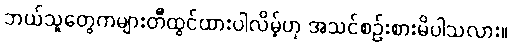
ဘယ်သူတွေကများတီထွင်ထားပါလိမ့်ဟု အသင်စဉ်းစားမိပါသလား။